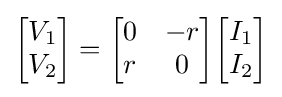
{\begin{bmatrix}V_{1}\\V_{2}\end{bmatrix}}={\begin{bmatrix}0&-r\\r&0\end{bmatrix}}{\begin{bmatrix}I_{1}\\I_{2}\end{bmatrix}}